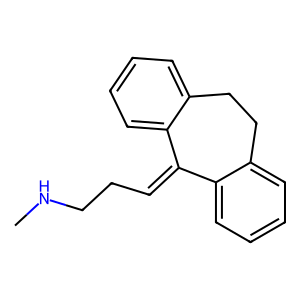
SMILES: CNCCC=C1c2ccccc2CCc2ccccc21
Inhibits HIV replication: No